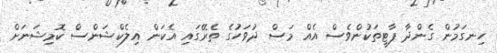
ހިނގަމުން ގެންދާ ޕާޓީތަކުންވެސް އެއް މަސް ދުވަހުގެ ތެރޭގައި އެކަން އިލެކްޝަންސް ކޮމިޝަނަށް